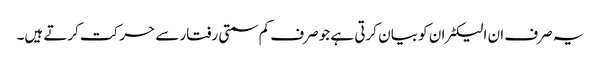
یہ صرف ان الیکٹران کو بیان کرتی ہے جو صرف کم سمتی رفتار سے حرکت کرتے ہیں۔